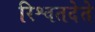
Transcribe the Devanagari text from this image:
रिश्वतदेते